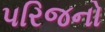
પરિજનો